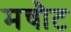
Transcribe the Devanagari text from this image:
मचौट